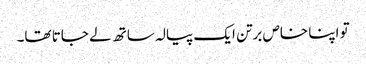
تو اپنا خاص برتن ایک پیالہ ساتھ لے جاتا تھا۔